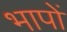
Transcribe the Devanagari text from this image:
भापों